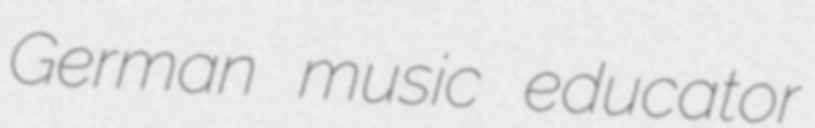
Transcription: German music educator